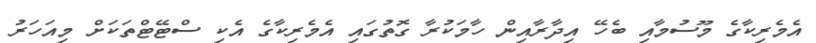
އެމެރިކާގެ މޫސުމާއި ބެހޭ އިދާރާއިން ހާމަކުރާ ގޮތުގައި އެމެރިކާގެ އެކި ސްޓޭޓްތަކަށް މިއަހަރު